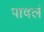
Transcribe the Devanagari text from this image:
पावलं